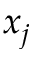
x _ { j }